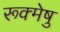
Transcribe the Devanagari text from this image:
रूक्मेषु